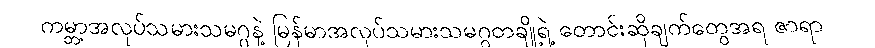
ကမ္ဘာ့အလုပ်သမားသမဂ္ဂနဲ့ မြန်မာအလုပ်သမားသမဂ္ဂတချို့ရဲ့ တောင်းဆိုချက်တွေအရ ဇာရာ